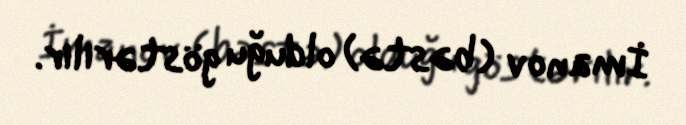
İmanov (bəstə) olduğu göstərilir.